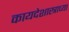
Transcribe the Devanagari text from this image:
कायदेशास्त्राच्या